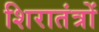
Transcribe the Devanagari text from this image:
शिरातंत्रों